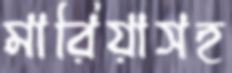
মারিয়াসহ